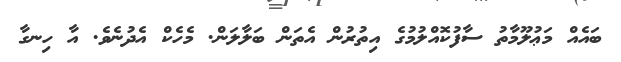
ބައެއް މަޢުލޫމާތު ސާފުކޮއްލުމުގެ އިތުރުން އެތަން ބަލާލަން. މެހެކް އެދުނެވެ. އާ ހިނގާ